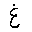
Letter: _gayn